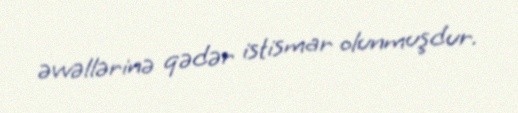
əvvəllərinə qədər istismar olunmuşdur.